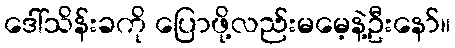
ဒေါ်သိန်းခကို ပြောဖို့လည်းမမေ့နဲ့ဦးနော်။